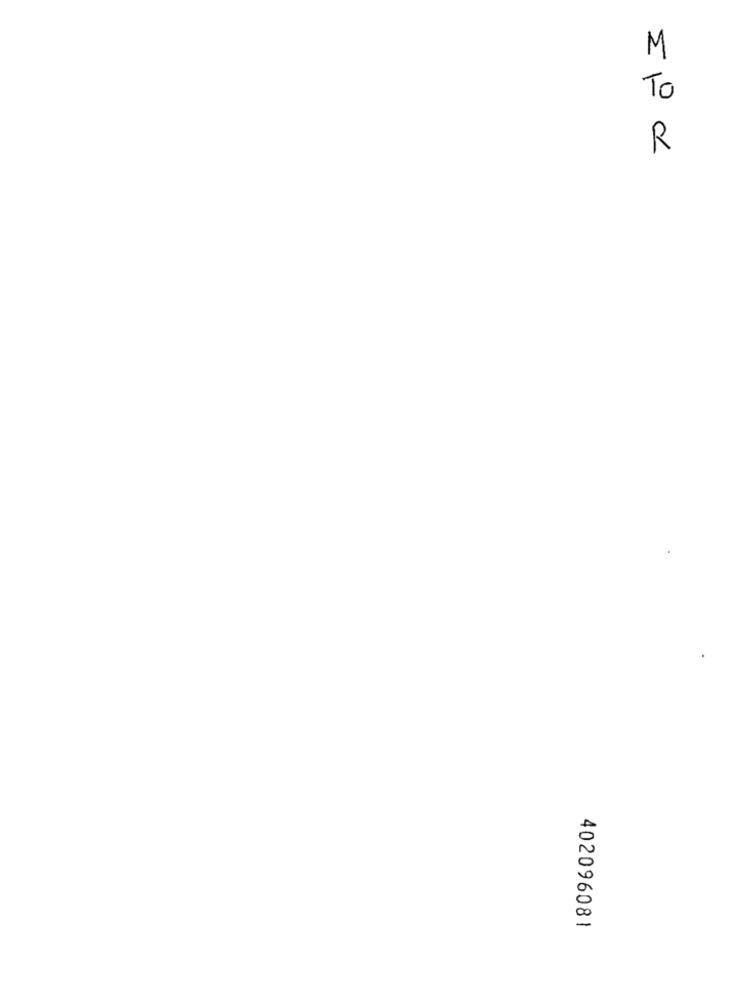
M
To
R
402096081